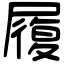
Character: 履